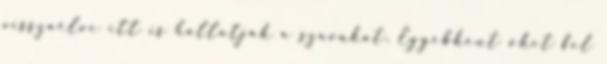
visszaélve itt is hallatják a szavukat. Egyébként őket fel